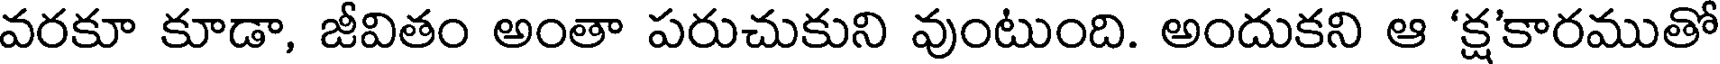
వరకూ కూడా, జీవితం అంతా పరుచుకుని వుంటుంది. అందుకని ఆ 'క్షకారముతో